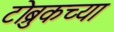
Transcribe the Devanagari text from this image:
टोब्रुकच्या